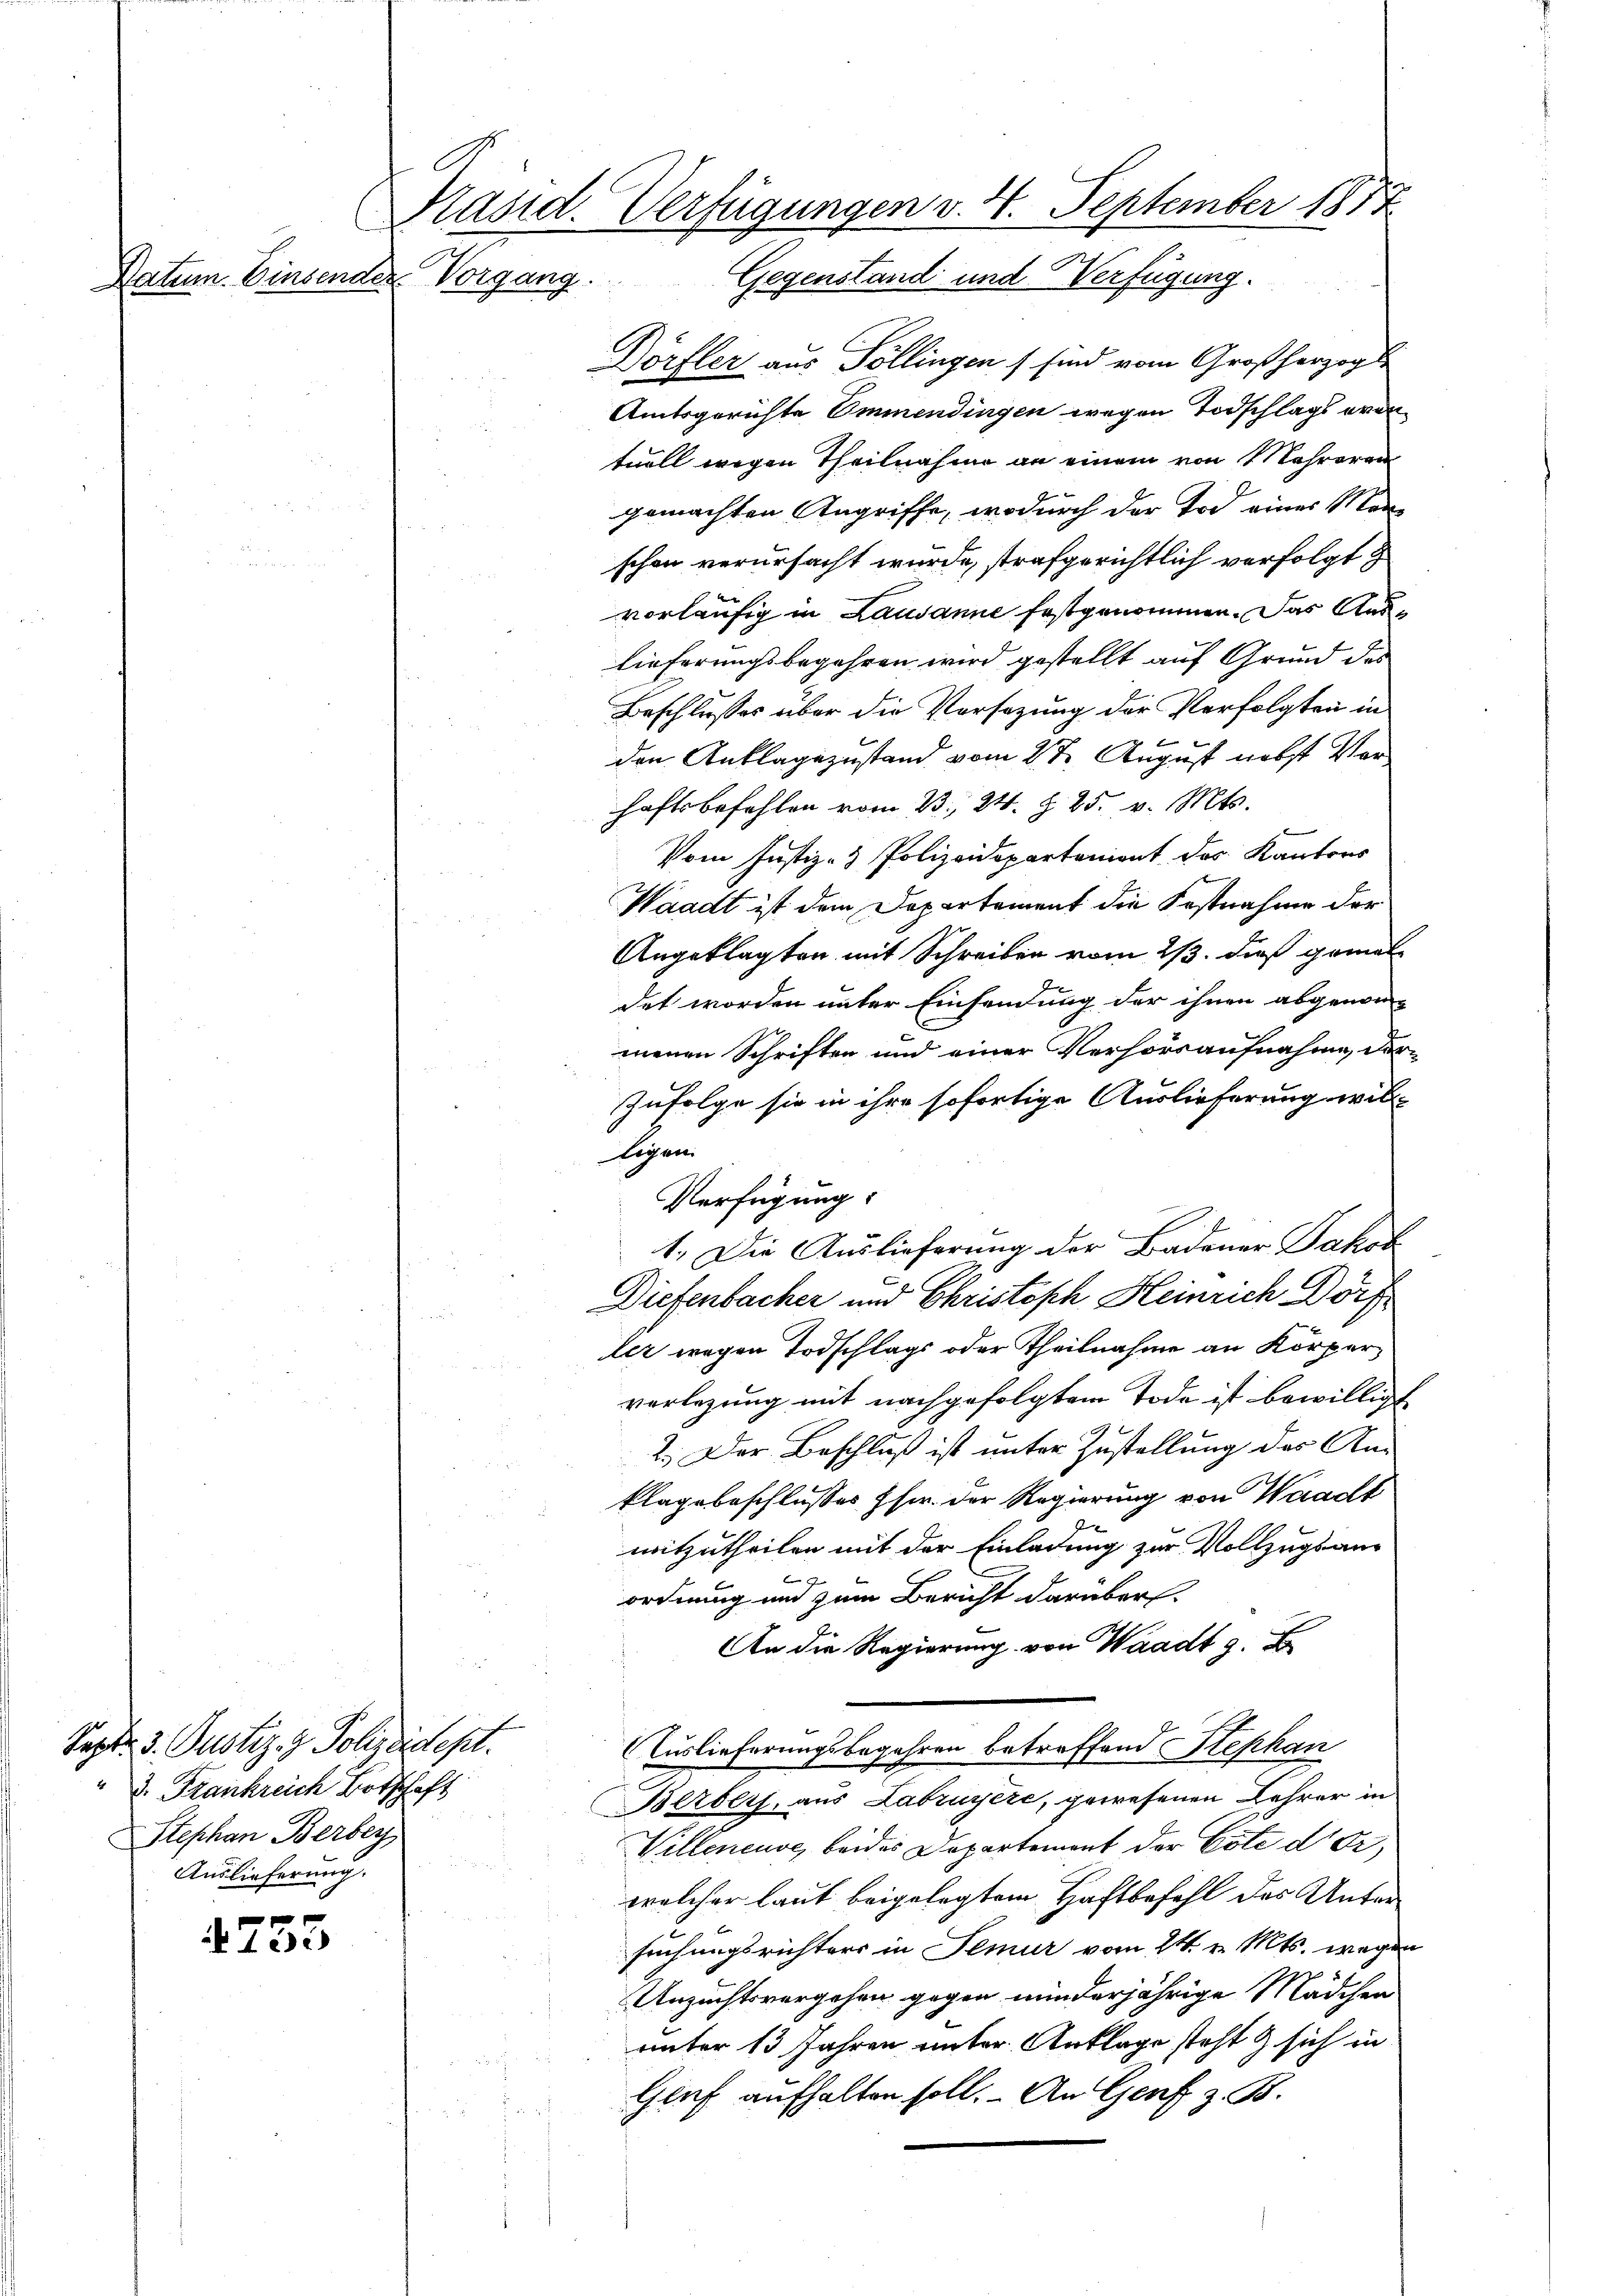
Tatum. Einsender Vorgang.

Septbr. 3. Justiz- & Polizeidept.
d. Frankreich Botschaft
Stephan Berber
Auslieferung.

4 ec

Präsid. Verfügungen v. 4. September 1877
Gegenstand und Verfügung.

Dörfler aus Pollingen sind vom Großherzog
Amtsgerichte Emmendingen wegen Todschlags orantuell wegen Theilnahme an einem von Mehreren
gemachten Angriffe, wodurch der Tod eines Man-
schon verursacht wurde, strafgerichtlich verfolgt
vorläufig in Lausanne festgenommen. Das Auslieferungsbegehren wird gestellt auf Grund des
Beschlusses über die Vorsezung der Verfolgten in
den Anklagezustand vom 2ten August nebst Verhaftsbefehlen vom 23. 24. 825. v. Mts.
Vom Justiz- & Polizeidepartonient des Kantons
Waadt ist dem Departement die Festnahme der
Angeklagten mit Schreiben vom 2/3. dieß gemal
det worden unter Einsendung der ihnen abgenommenen Schriften und einer Verhörsaufnahme, der¬
Zufolge sie in ihre sofortige Auslieferung will
Eigen.
Verfügung:
1.) Die Auslieferung der Badener Jakob
s
Diefenbacher und Christoph Heinrich Dörf
ler wegen Todschlags oder Theilnahme an Körpervorlegung mit nachgefolgtem Tode ist bewilligt
2. Der Beschluß ist unter Zustellung des An¬
Klagsbeschlusses Ehe der Regierung von Waadt
mitzutheilen mit der Einladung zur Vollzugs aus

ordnung und zum Bericht darüber.
An die Regierung von Waadt z.
Auslieferungsbegehren betreffend Stephan
Berbers, aus Labruyère, gewesenen Lehrer in
Willeneuve, beides Departement der Cote der,
welcher laut beigelegtem Haftbefehl des Unter
suchungsrichters in Semur vom 24. v. Mts. wegen
Unzuchtsvergehen gegen minderjährige Mädchen
unter 13 Jahren unter Anklage steht & sich in
Graf aufhalten soll. An Genf z. B.